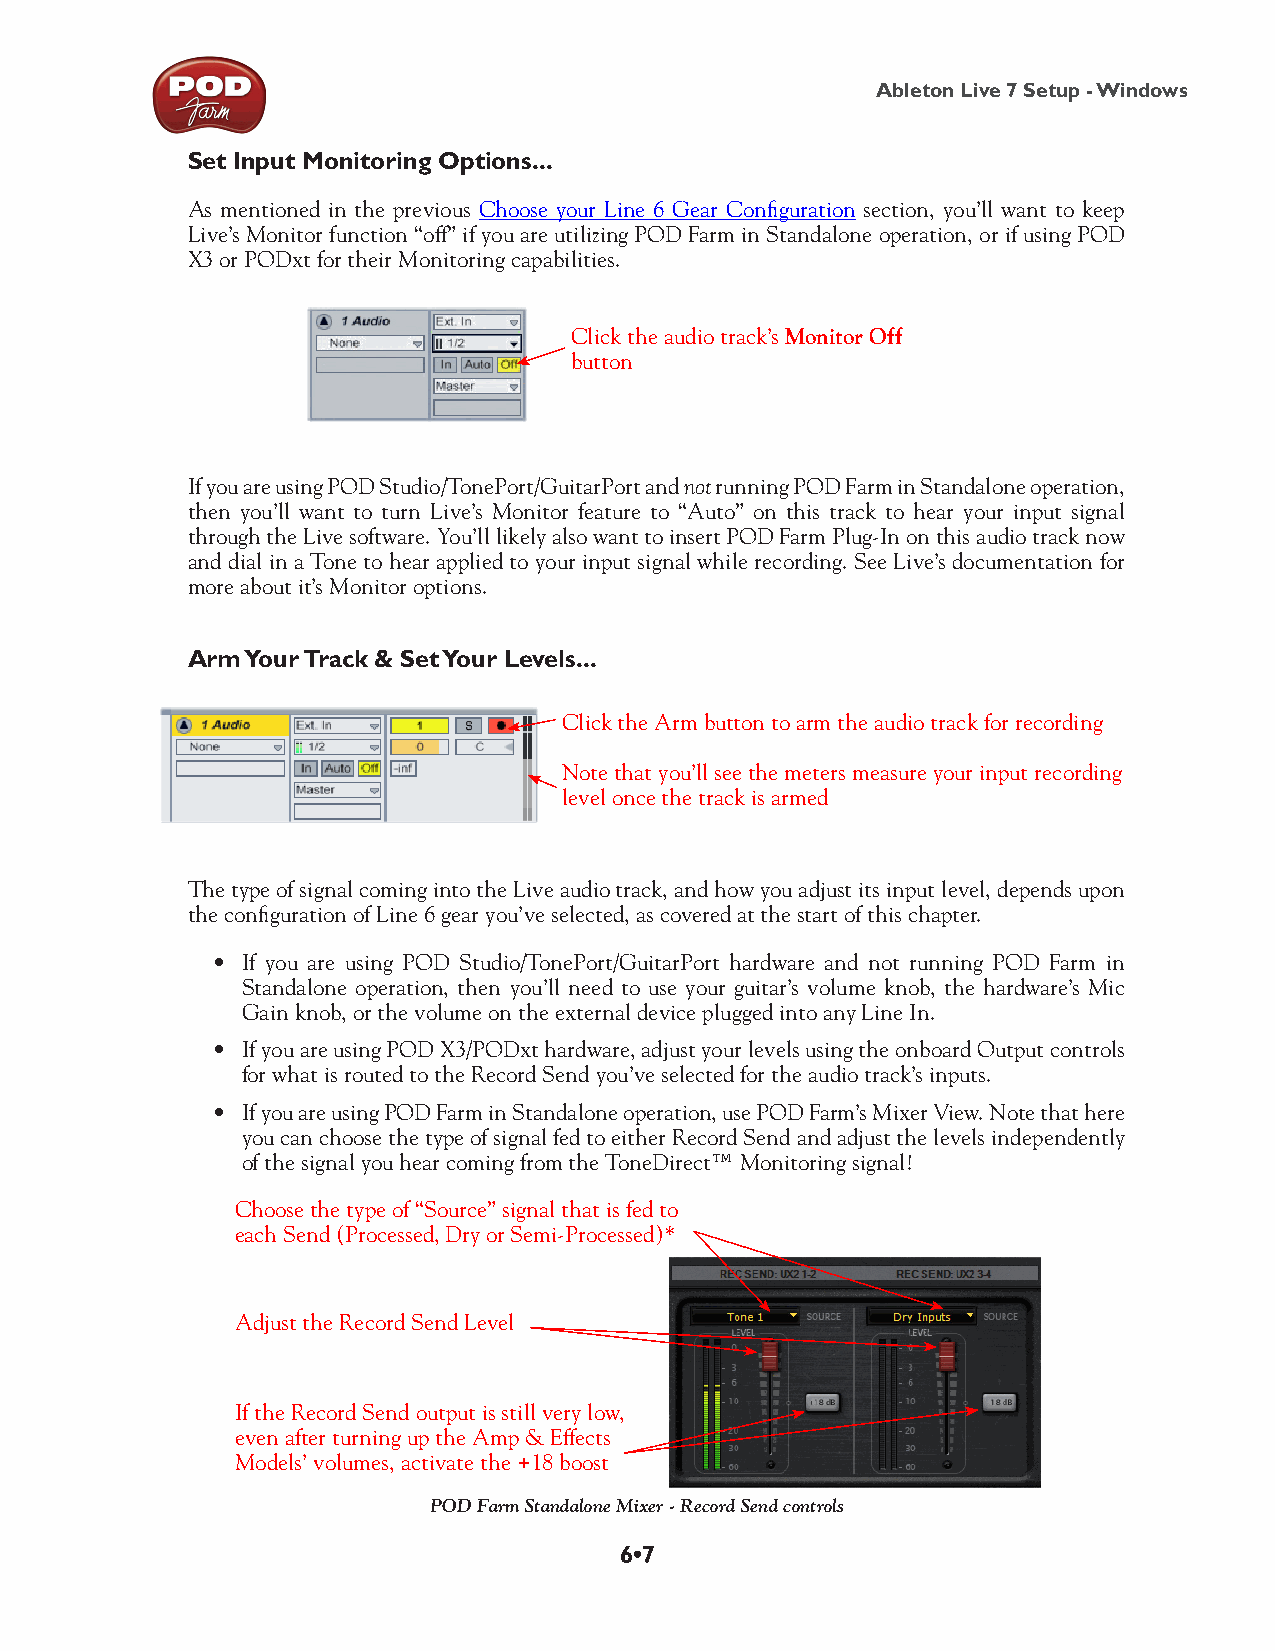
Ableton Live 7 Setup - Windows
 Set Input Monitoring Options...
 As mentioned in the previous Choose your Line 6 Gear Configuration section, you’ll want to keep
 Live’s Monitor function “off” if you are utilizing POD Farm in Standalone operation, or if using POD
 X3 or PODxt for their Monitoring capabilities.
 Click the audio track’s Monitor Off
 button
 If you are using POD Studio/TonePort/GuitarPort and not running POD Farm in Standalone operation,
 then you’ll want to turn Live’s Monitor feature to “Auto” on this track to hear your input signal
 through the Live software. You’ll likely also want to insert POD Farm Plug-In on this audio track now
 and dial in a Tone to hear applied to your input signal while recording. See Live’s documentation for
 more about it’s Monitor options.
 Arm Your Track & Set Your Levels...
 Click the Arm button to arm the audio track for recording
 Note that you’ll see the meters measure your input recording
 level once the track is armed
 The type of signal coming into the Live audio track, and how you adjust its input level, depends upon
 the configuration of Line 6 gear you’ve selected, as covered at the start of this chapter.
 • If you are using POD Studio/TonePort/GuitarPort hardware and not running POD Farm in
 Standalone operation, then you’ll need to use your guitar’s volume knob, the hardware’s Mic
 Gain knob, or the volume on the external device plugged into any Line In.
 • If you are using POD X3/PODxt hardware, adjust your levels using the onboard Output controls
 for what is routed to the Record Send you’ve selected for the audio track’s inputs.
 • If you are using POD Farm in Standalone operation, use POD Farm’s Mixer View. Note that here
 you can choose the type of signal fed to either Record Send and adjust the levels independently
 of the signal you hear coming from the ToneDirect™ Monitoring signal!
 Choose the type of “Source” signal that is fed to
 each Send (Processed, Dry or Semi-Processed)*
 Adjust the Record Send Level
 If the Record Send output is still very low,
 even after turning up the Amp & Effects
 Models’ volumes, activate the +18 boost
 POD Farm Standalone Mixer - Record Send controls
 6•7